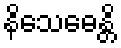
နိသေဓေန္တိ